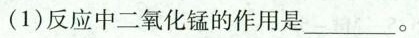
(1)反应中二氧化锰的作用是___。